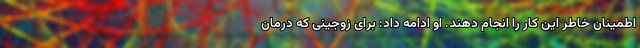
اطمینان خاطر این کار را انجام دهند. او ادامه داد: برای زوجینی که درمان